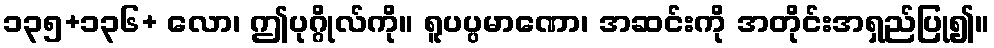
၁၃၅+၁၃၆+ လော၊ ဤပုဂ္ဂိုလ်ကို။ ရူပပ္ပမာဏော၊ အဆင်းကို အတိုင်းအရှည်ပြု၍။